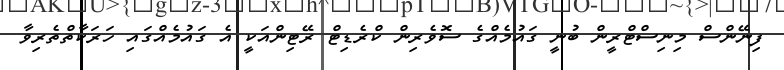
ފިނޭންސް މިނިސްޓްރީން ބުނީ ގައުމެއްގެ ސޮވެރިން ކްރެޑިޓް ރޭޓިންއަކީ އެ ގައުމެއްގައި ހަރަކާތްތެރިވާ